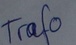
Text: Trafo